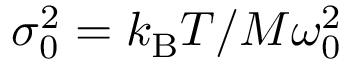
\sigma _ { 0 } ^ { 2 } = k _ { \mathrm { B } } T / M \omega _ { 0 } ^ { 2 }